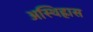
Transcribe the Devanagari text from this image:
अस्थिह्रास